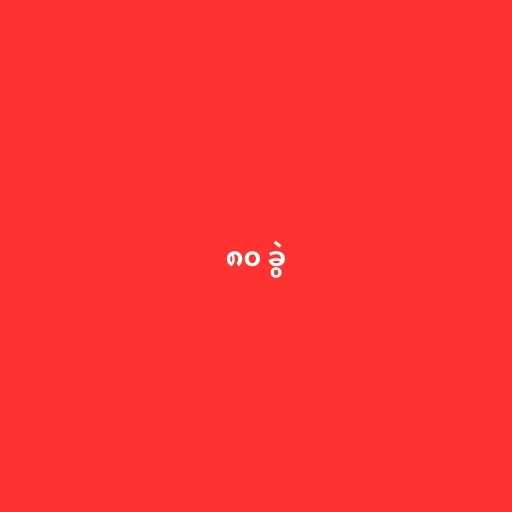
၈၀ ခွဲ